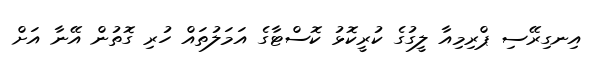
އިނގިރޭސި ޕްރިމިއާ ލީގުގެ ކުރީކޮޅު ކޮސްޓާގެ އަމަލުތައް ހުރި ގޮތުން އޭނާ އަށް